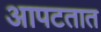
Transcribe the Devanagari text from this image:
आपटतात